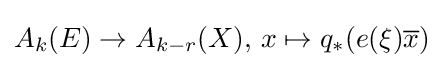
A_{k}(E)\to A_{k-r}(X),\,x\mapsto q_{*}(e(\xi ){\overline {x}})